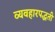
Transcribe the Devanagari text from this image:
व्यवहारपद्धती